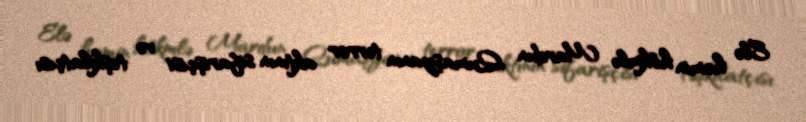
Elə həmin hökmlə Mardun Qumaşyanın terror aktının sifarişçisi və təşkilatçısı